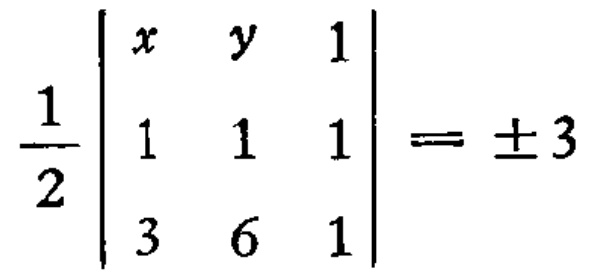
$\frac{1}{2}\begin{vmatrix}
x & y & 1 \\
1 & 1 & 1 \\
3 & 6 & 1
\end{vmatrix}=\pm3$